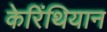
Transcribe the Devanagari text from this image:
केरिंथियान